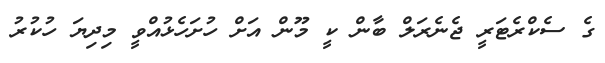
ގެ ސެކްރެޓަރީ ޖެނެރަލް ބާން ކީ މޫން އަށް ހުށަހެޅުއްވީ މިދިޔަ ހުކުރު